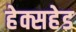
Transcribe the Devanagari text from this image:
हेक्सहेड